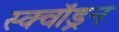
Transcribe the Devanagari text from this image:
स्क्वाॅड्रन